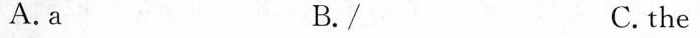
A.a B.∥ C. the